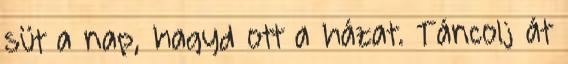
süt a nap, hagyd ott a házat. Táncolj át